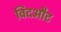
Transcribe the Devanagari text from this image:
विदऔट